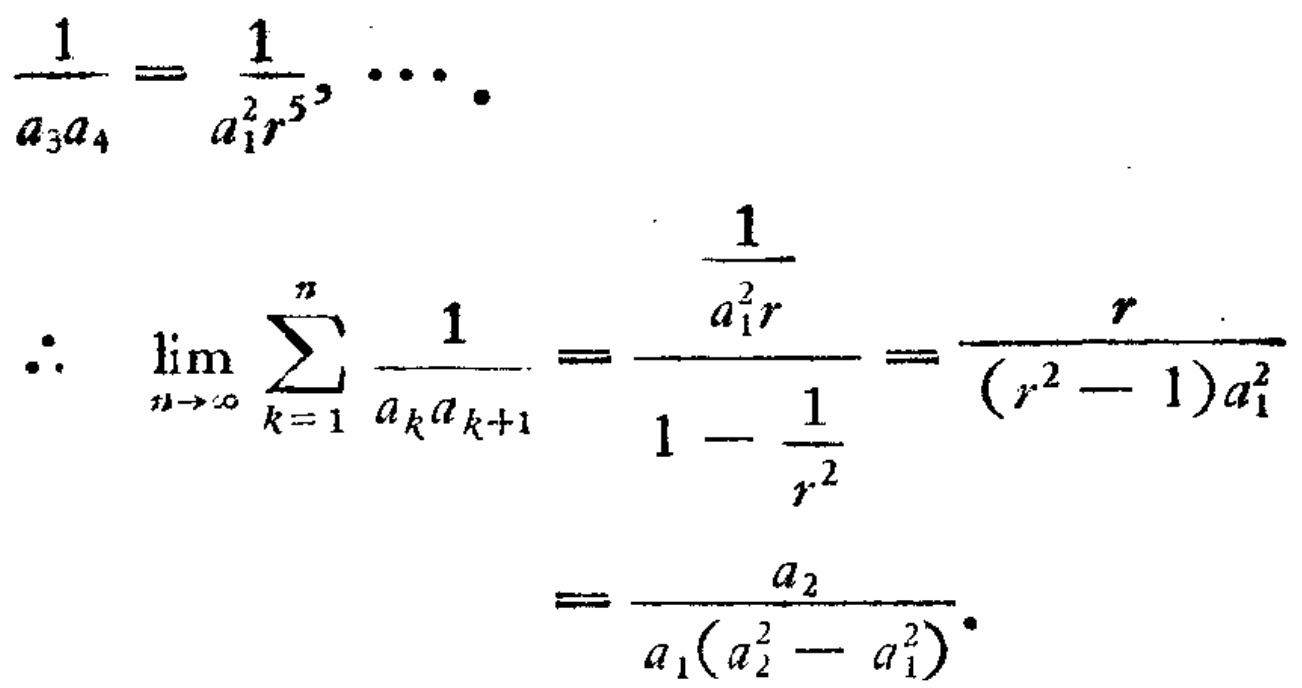
\[\frac{1}{a_{3}a_{4}} = \frac{1}{a_{1}^{2}r^{5}}, \cdots.\]
\[\therefore \lim_{n \to \infty} \sum_{k = 1}^{n} \frac{1}{a_{k}a_{k + 1}} = \frac{\frac{1}{a_{1}^{2}r}}{1 - \frac{1}{r^{2}}} = \frac{r}{(r^{2} - 1)a_{1}^{2}} = \frac{a_{2}}{a_{1}(a_{2}^{2} - a_{1}^{2})}.\]